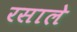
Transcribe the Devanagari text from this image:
रसाले